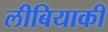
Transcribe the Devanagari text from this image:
लीबियाकी